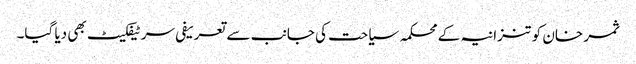
ثمر خان کو تنزانیہ کے محکمہ سیاحت کی جانب سے تعریفی سرٹیفکیٹ بھی دیا گیا۔